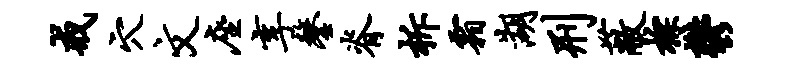
戒穴文座享鏊脊柝霜湖刑蔽棕郁